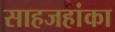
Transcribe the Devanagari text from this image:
साहजहांका